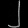
Digit: ၂